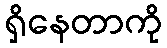
ရှိနေတာကို